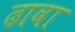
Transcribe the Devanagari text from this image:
ढावा